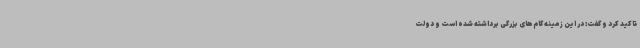
تاکید کرد و گفت: در این زمینه گام‌های بزرگی برداشته شده است و دولت